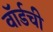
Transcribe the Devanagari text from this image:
वॉर्डची